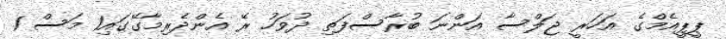
ޕީޕީއެމްގެ އަހަރީ ޖަލްސާ އަންނަ ބުރާސްފަތި ދުވަހު ރޭ އެންދެރިމާގޭގައި1 މަސް 1